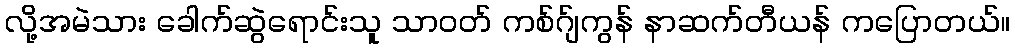
လို့အမဲသား ခေါက်ဆွဲရောင်းသူ သာဝတ် ကစ်ဂ်ျကွန် နာဆက်တီယန် ကပြောတယ်။